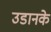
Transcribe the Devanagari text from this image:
उडानके